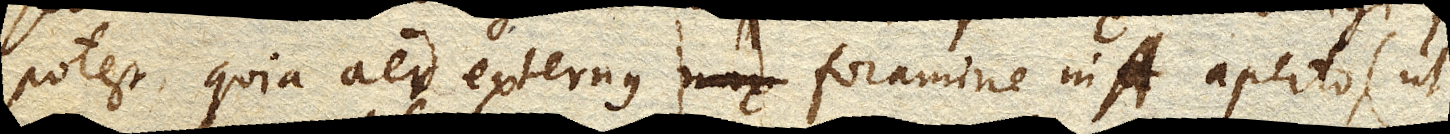
potest quia aer externus mox foramine in A. aperto, (ut